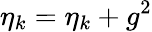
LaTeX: \eta_{k}=\eta_{k}+g^{2}